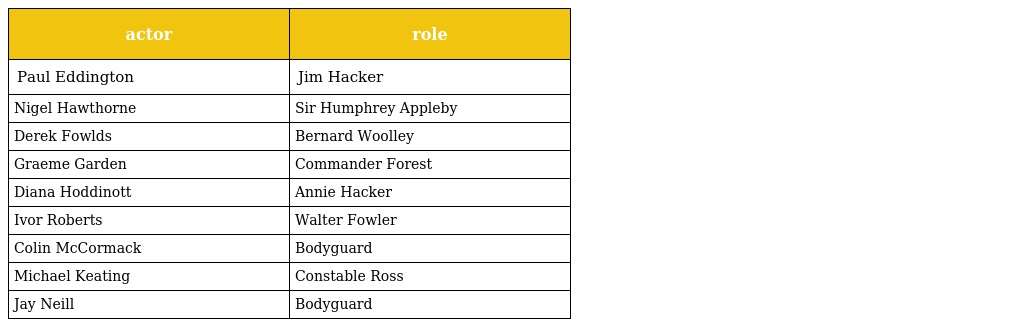
| actor | role |
 | --- | --- |
 | Paul Eddington | Jim Hacker |
 | Nigel Hawthorne | Sir Humphrey Appleby |
 | Derek Fowlds | Bernard Woolley |
 | Graeme Garden | Commander Forest |
 | Diana Hoddinott | Annie Hacker |
 | Ivor Roberts | Walter Fowler |
 | Colin McCormack | Bodyguard |
 | Michael Keating | Constable Ross |
 | Jay Neill | Bodyguard |